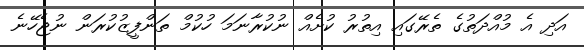
އަދި އެ މުއްދަތުގެ ތެރޭގައި އިތުރު ކުށެއް ނުކުރާނަމަ ހުކުމް ތަންފީޒުކުރަން ނުޖެހޭނެ